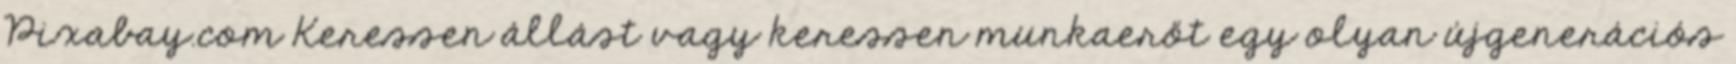
Pixabay.com Keressen állást vagy keressen munkaerőt egy olyan újgenerációs